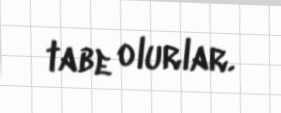
tabe olurlar.